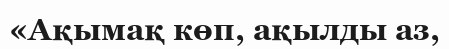
«Ақымақ көп, ақылды аз,